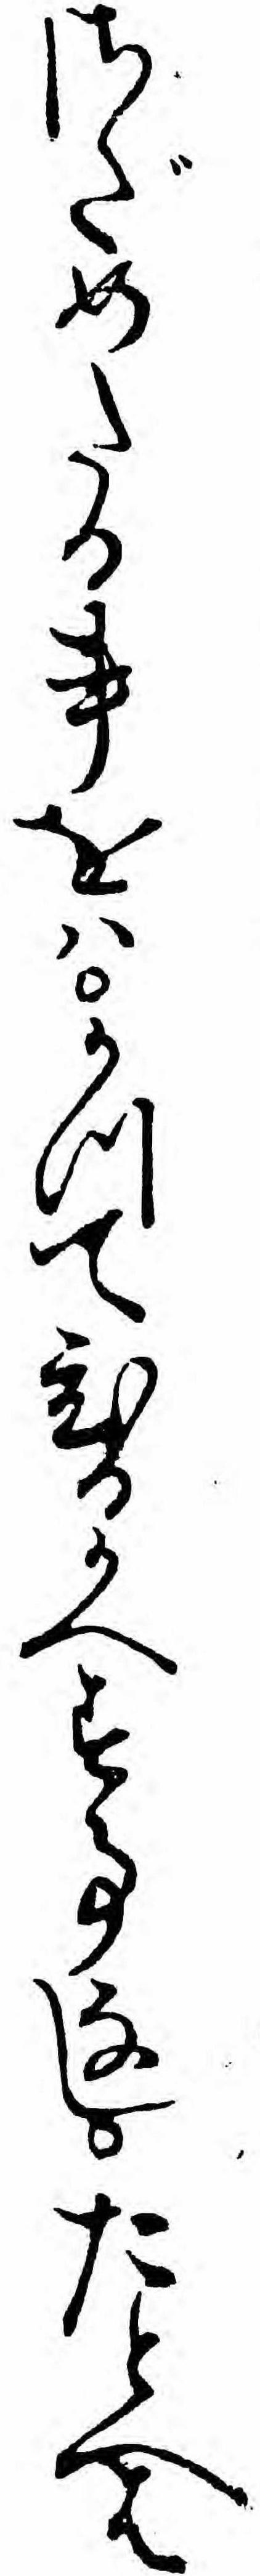
さだめたる事をハかつてひるかへす事なしたとへは